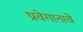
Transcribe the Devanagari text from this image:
प्रवेगानाचे